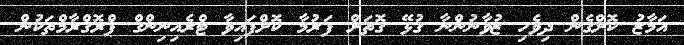
އަމާޒު ކޮށްގެން ދިވެހި ޒުވާނުންނާ ގުޅޭ ގޮތަށް ފަރުމާ ކޮށްފައިވާ ޓްރެއިނިންގް ޕްރޮގްރާމްތަކުން